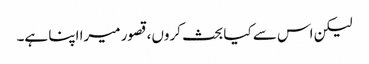
لیکن اس سے کیا بحث کروں، قصور میرا اپنا ہے۔